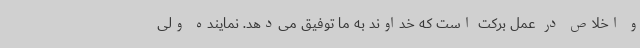
و اخلاص در عمل برکت است که خداوند به ما توفیق می‌دهد. نماینده ولی